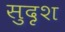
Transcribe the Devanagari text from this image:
सुदृश